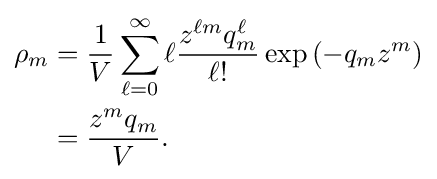
{\begin{aligned}\rho _{m}&={\frac {1}{V}}\sum _{\ell =0}^{\infty }\ell {\frac {z^{\ell m}q_{m}^{\ell }}{\ell !}}\exp \left(-q_{m}z^{m}\right)\\&={\frac {z^{m}q_{m}}{V}}.\end{aligned}}